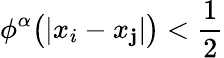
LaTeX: \phi^{\alpha}\big(|x_{i}-x_{\mathbf{j}}|\big)<\frac{{1}}{{2}}